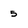
Character: 5